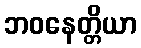
ဘဝနေတ္တိယာ